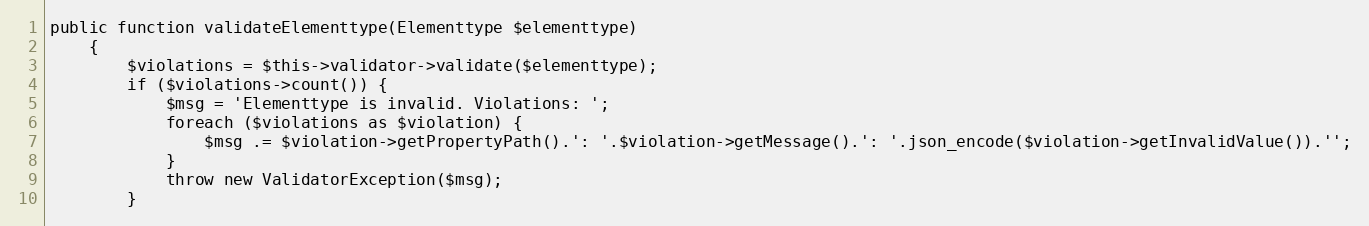
Language: PHP
public function validateElementtype(Elementtype $elementtype)
    {
        $violations = $this->validator->validate($elementtype);
        if ($violations->count()) {
            $msg = 'Elementtype is invalid. Violations: ';
            foreach ($violations as $violation) {
                $msg .= $violation->getPropertyPath().': '.$violation->getMessage().': '.json_encode($violation->getInvalidValue()).'';
            }
            throw new ValidatorException($msg);
        }